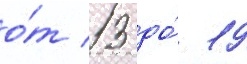
о́т 13 до́ 19